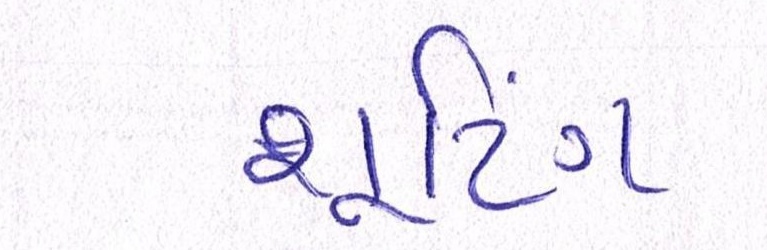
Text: શૂટિંગ